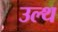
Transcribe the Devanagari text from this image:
उल्थ